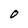
Character: 0